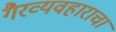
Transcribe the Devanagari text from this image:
गैरव्यवहाराचा